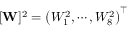
[ \mathbf { W } ] ^ { 2 } = \left( W _ { 1 } ^ { 2 } , \cdots , W _ { 8 } ^ { 2 } \right) ^ { \top }